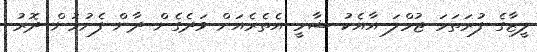
ލީޒާގެ ފުރަތަމަ ޖުމްލަ އާއެކު ޝާމީ އެތެރެއަށް ވަދެގެން ދާން ފެށުމުން ދޮރު